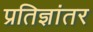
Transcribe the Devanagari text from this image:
प्रतिज्ञांतर